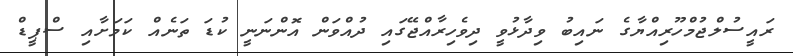
ރައީސުލްޖުމްހޫރިއްޔާގެ ނައިބު ވިދާޅުވީ ދިވެހިރާއްޖޭގައި ދުއްވަން އޮންނަނީ ކުޑަ ތަނެއް ކަމަށާއި ސްޕީޑް